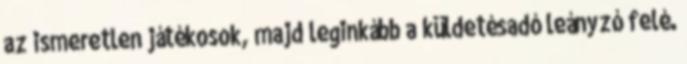
az ismeretlen játékosok, majd leginkább a küldetésadó leányzó felé.